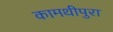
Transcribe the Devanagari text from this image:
कामथीपुरा